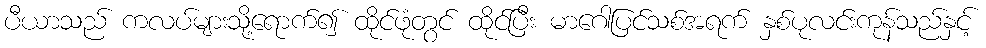
ပီယာသည် ကလပ်များသို့ရောက်၍ ထိုင်ဖုံတွင် ထိုင်ပြီး မာဂေါပြင်သစ်အရက် နှစ်ပုလင်းကုန်သည်နှင့်